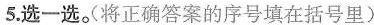
5.选一选。（将正确答案的序号填在括号里）